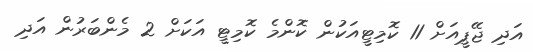
އަދި ޖޭޕީއަށް 11 ކޮމިޓީއަކުން ކޮންމެ ކޮމިޓީ އަކަށް 2 މެންބަރުން އަދި